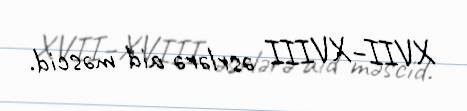
XVII–XVIII əsrlərə aid məscid.